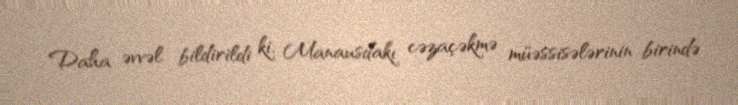
Daha əvvəl bildirildi ki, Manausdakı cəzaçəkmə müəssisələrinin birində